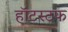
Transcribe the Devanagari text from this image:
हॉटस्टफ